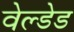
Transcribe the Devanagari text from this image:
वेल्डेड